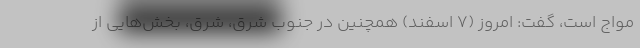
مواج است، گفت: امروز (۷ اسفند) همچنین در جنوب شرق، شرق، بخش‌هایی از